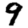
Digit: 9